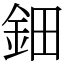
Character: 鈿